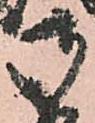
御